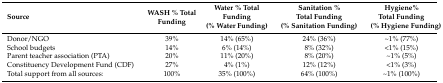
<table><thead><tr><td><b>Source</b></td><td><b>WASH % Total Funding</b></td><td><b>Water % Total Funding (% Water Funding)</b></td><td><b>Sanitation % Total Funding (% Sanitation Funding)</b></td><td><b>Hygiene% Total Funding (% Hygiene Funding)</b></td></tr></thead><tbody><tr><td>Donor/NGO</td><td>39%</td><td>14% (65%)</td><td>24% (36%)</td><td>~1% (77%)</td></tr><tr><td>School budgets</td><td>14%</td><td>6% (14%)</td><td>8% (32%)</td><td>&lt;1% (15%)</td></tr><tr><td>Parent teacher association (PTA)</td><td>20%</td><td>11% (20%)</td><td>8% (20%)</td><td>~1% (5%)</td></tr><tr><td>Constituency Development Fund (CDF) </td><td>27%</td><td>4% (1%)</td><td>12% (12%)</td><td>&lt;1% (3%)</td></tr><tr><td>Total support from all sources:</td><td>100%</td><td>35% (100%)</td><td>64% (100%)</td><td>~1% (100%)</td></tr></tbody></table>